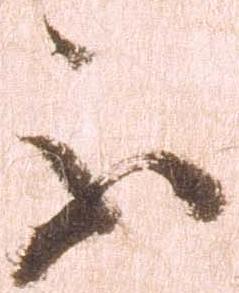
不